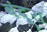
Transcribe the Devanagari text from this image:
बंदूरा